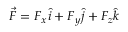
{ \vec { F } } = F _ { x } { \hat { i } } + F _ { y } { \hat { j } } + F _ { z } { \hat { k } }